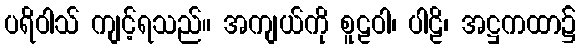
ပရိဝါသ် ကျင့်ရသည်။ အကျယ်ကို စူဠဝါ၊ ပါဠိ၊ အဋ္ဌကထာ၌